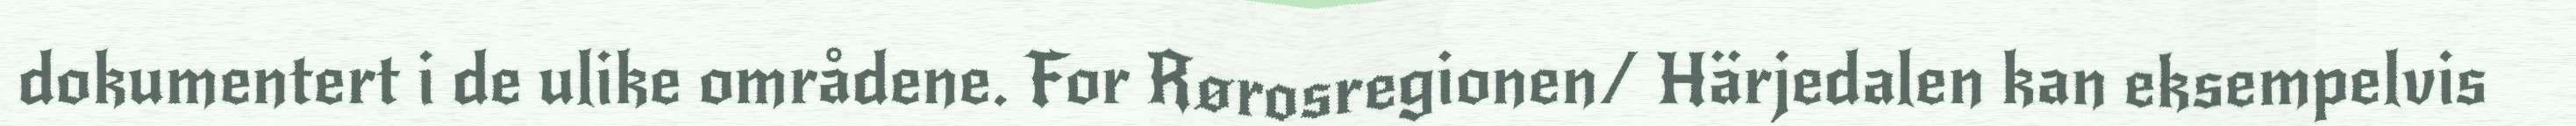
dokumentert i de ulike områdene. For Rørosregionen/ Härjedalen kan eksempelvis